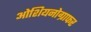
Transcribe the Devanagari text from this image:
ओशियनोग्राफर